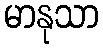
မာနုသာ